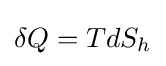
\delta Q=TdS_{h}